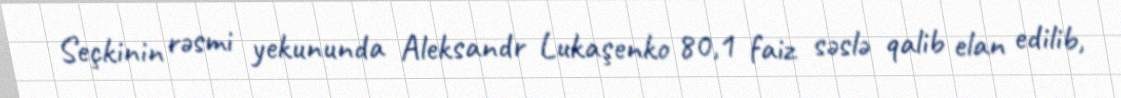
Seçkinin rəsmi yekununda Aleksandr Lukaşenko 80,1 faiz səslə qalib elan edilib,